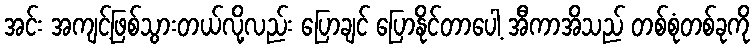
အင်း အကျင့်ဖြစ်သွားတယ်လို့လည်း ပြောချင် ပြောနိုင်တာပေါ့ အီကာအိသည် တစ်စုံတစ်ခုကို